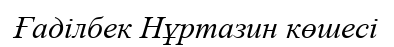
Ғаділбек Нұртазин көшесі